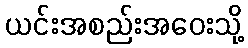
ယင်းအစည်းအဝေးသို့